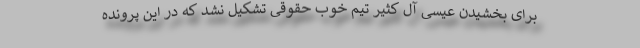
برای بخشیدن عیسی آل کثیر تیم خوب حقوقی تشکیل نشد که در این پرونده